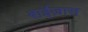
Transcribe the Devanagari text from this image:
बाईज़ास